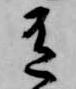
有